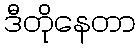
ဒီတိုနေတာ